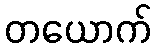
တယောက်